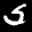
Label: 5